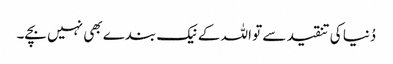
دُنیا کی تنقید سے تو اللہ کے نیک بندے بھی نہیں بچے۔